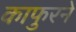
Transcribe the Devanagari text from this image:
काफुरने